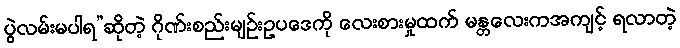
ပွဲလမ်းမပါရ”ဆိုတဲ့ ဂိုဏ်းစည်းမျဉ်းဥပဒေကို လေးစားမှုထက် မန္တလေးကအကျင့် ရလာတဲ့